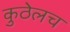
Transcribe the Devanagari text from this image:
कुठेलच